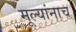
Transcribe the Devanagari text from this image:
मूल्यांनाच